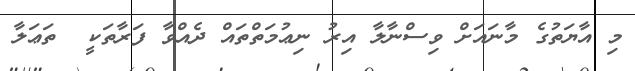
މި އާޔަތުގެ މާނައަށް ވިސްނާލާ އިރު ނިޢުމަތްތައް ދެއްވާ ފަރާތަކީ  ތަޢަލާ